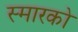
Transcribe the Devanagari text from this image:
स्मारको